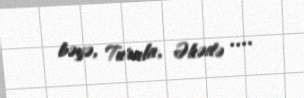
bəyə, Turala, Əhədə ....